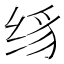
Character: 𰬛